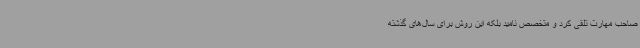
صاحب مهارت تلقی کرد و متخصص نامید بلکه این روش برای سال‌های گذشته